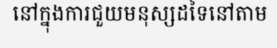
នៅក្នុងការជួយមនុស្សដទៃនៅតាម